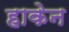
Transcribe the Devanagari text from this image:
हाकेन